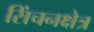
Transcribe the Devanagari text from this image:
सिंचनक्षेत्र